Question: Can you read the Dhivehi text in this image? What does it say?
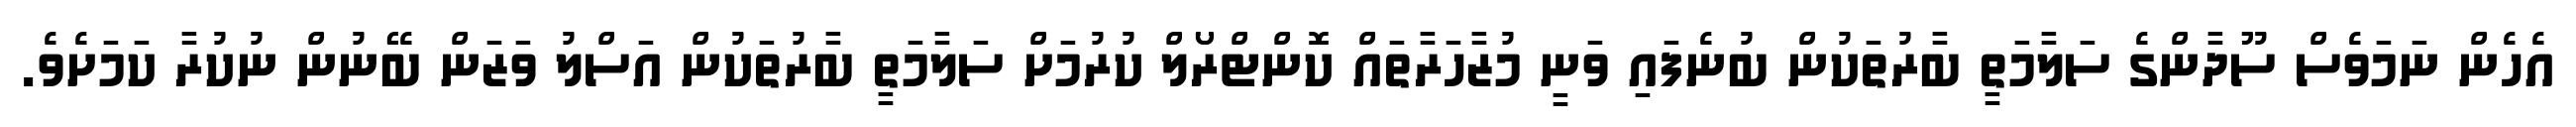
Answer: އެހެން ނަމަވެސް ސޫދާންގެ ސަލާމަތީ ބާރުތަކުން ބުނެފައި ވަނީ މުޒާހަރާތައް ކޮންޓްރޯލް ކުރުމަށް ސަލާމަތީ ބާރުތަކުން އަސްލު ވަޒަން ބޭނުން ނުކުރާ ކަމަށެވެ.